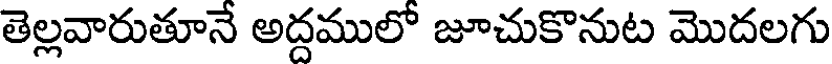
తెల్లవారుతూనే అద్దములో జూచుకొనుట మొదలగు